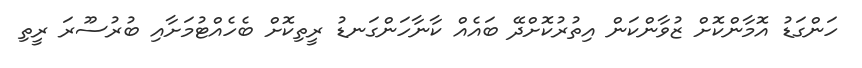
ހަންގަޑު އޮމާންކޮށް ޒުވާންކަން އިތުރުކޮށްދޭ ބައެއް ކާނާހަންގަނޑު ރީތިކޮށް ބެހެއްޓުމަށާއި ބުރުސޫރަ ރީތި